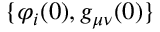
\{ \varphi _ { i } ( 0 ) , g _ { \mu \nu } ( 0 ) \}